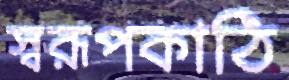
স্বরূপকাঠি